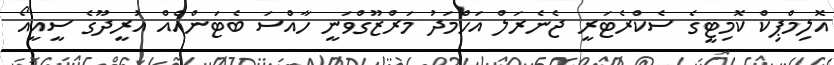
އޮލިމްޕިކް ކޮމިޓީގެ ސެކްރެޓަރީ ޖެނެރަލް އަހްމަދު މަރްޒޫގްވަނީ ހާއްސަ ބެޓަންއެއް އުރީދޫގެ ސީއީއޯ